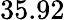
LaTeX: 35.92